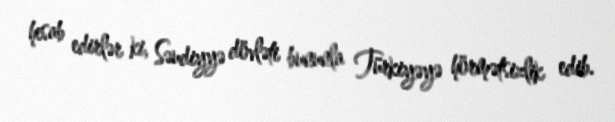
hesab edirlər ki, Səudiyyə dövləti bununla Türkiyəyə hörmətsizlik edib.